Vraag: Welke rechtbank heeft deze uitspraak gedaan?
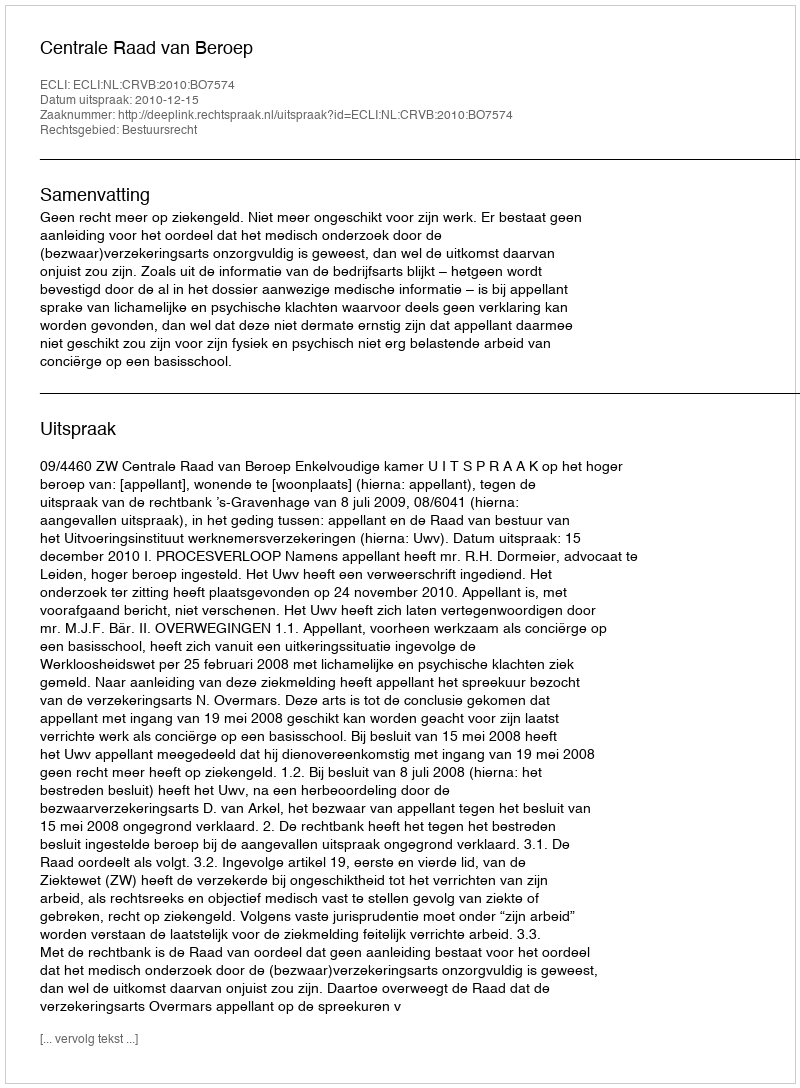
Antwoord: Centrale Raad van Beroep